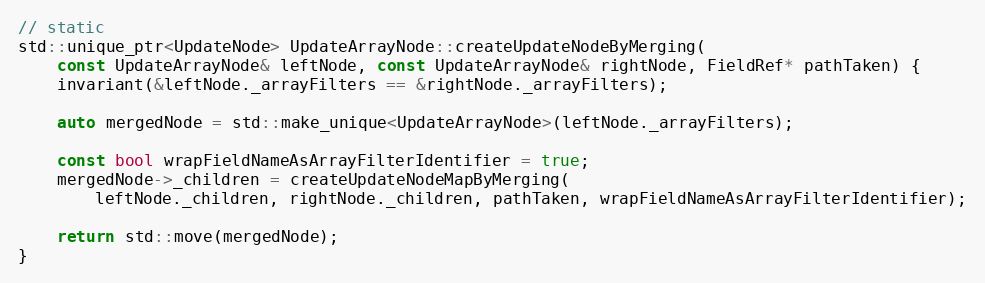
Language: C++
// static
std::unique_ptr<UpdateNode> UpdateArrayNode::createUpdateNodeByMerging(
    const UpdateArrayNode& leftNode, const UpdateArrayNode& rightNode, FieldRef* pathTaken) {
    invariant(&leftNode._arrayFilters == &rightNode._arrayFilters);

    auto mergedNode = std::make_unique<UpdateArrayNode>(leftNode._arrayFilters);

    const bool wrapFieldNameAsArrayFilterIdentifier = true;
    mergedNode->_children = createUpdateNodeMapByMerging(
        leftNode._children, rightNode._children, pathTaken, wrapFieldNameAsArrayFilterIdentifier);

    return std::move(mergedNode);
}